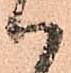
ハ